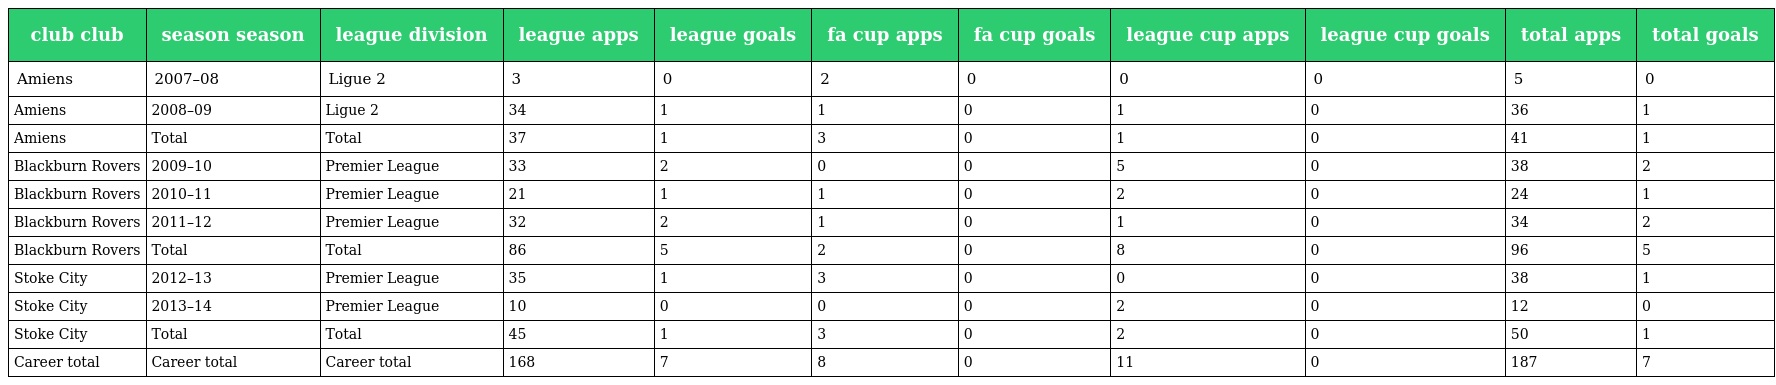
| club club | season season | league division | league apps | league goals | fa cup apps | fa cup goals | league cup apps | league cup goals | total apps | total goals |
 | --- | --- | --- | --- | --- | --- | --- | --- | --- | --- | --- |
 | Amiens | 2007–08 | Ligue 2 | 3 | 0 | 2 | 0 | 0 | 0 | 5 | 0 |
 | Amiens | 2008–09 | Ligue 2 | 34 | 1 | 1 | 0 | 1 | 0 | 36 | 1 |
 | Amiens | Total | Total | 37 | 1 | 3 | 0 | 1 | 0 | 41 | 1 |
 | Blackburn Rovers | 2009–10 | Premier League | 33 | 2 | 0 | 0 | 5 | 0 | 38 | 2 |
 | Blackburn Rovers | 2010–11 | Premier League | 21 | 1 | 1 | 0 | 2 | 0 | 24 | 1 |
 | Blackburn Rovers | 2011–12 | Premier League | 32 | 2 | 1 | 0 | 1 | 0 | 34 | 2 |
 | Blackburn Rovers | Total | Total | 86 | 5 | 2 | 0 | 8 | 0 | 96 | 5 |
 | Stoke City | 2012–13 | Premier League | 35 | 1 | 3 | 0 | 0 | 0 | 38 | 1 |
 | Stoke City | 2013–14 | Premier League | 10 | 0 | 0 | 0 | 2 | 0 | 12 | 0 |
 | Stoke City | Total | Total | 45 | 1 | 3 | 0 | 2 | 0 | 50 | 1 |
 | Career total | Career total | Career total | 168 | 7 | 8 | 0 | 11 | 0 | 187 | 7 |